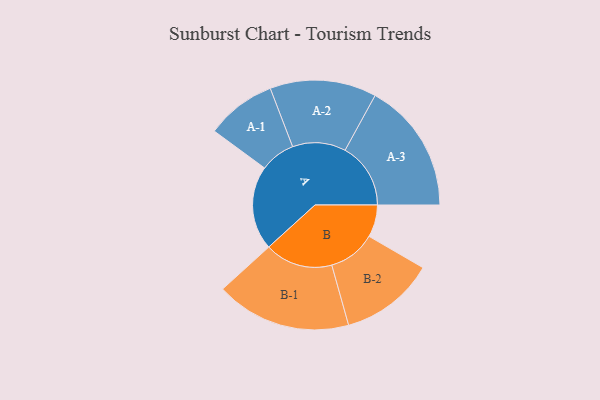
{"axis": {"x": "Segment", "y": "Value"}, "legend": ["", "A", "B"], "data": [{"x": "A", "y": 300, "type": ""}, {"x": "B", "y": 115, "type": ""}, {"x": "A-1", "y": 125, "type": "A"}, {"x": "A-2", "y": 190, "type": "A"}, {"x": "A-3", "y": 234, "type": "A"}, {"x": "B-1", "y": 242, "type": "B"}, {"x": "B-2", "y": 169, "type": "B"}]}